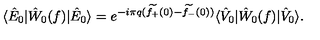
\langle \hat { E } _ { 0 } | \hat { W } _ { 0 } ( f ) | \hat { E } _ { 0 } \rangle = e ^ { - i \pi q ( \widetilde { f _ { + } } ( 0 ) - \widetilde { f _ { - } } ( 0 ) ) } \langle \hat { V } _ { 0 } | \hat { W } _ { 0 } ( f ) | \hat { V } _ { 0 } \rangle .